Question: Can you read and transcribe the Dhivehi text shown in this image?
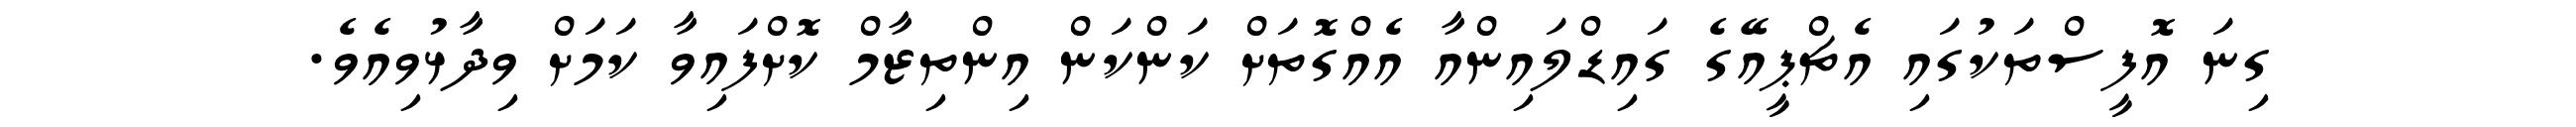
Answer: ގިނަ އޮފީސްތަކުގައި އެޗްޕީއޭގެ ގައިޑްލައިންއާ އެއްގޮތަށް ކަންކަން އިންތިޒާމް ކޮށްފައިވާ ކަމަށް ވިދާޅުވިއެވެ.